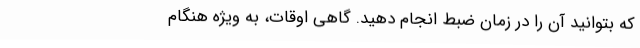
که بتوانید آن را در زمان ضبط انجام دهید. گاهی اوقات، به ویژه هنگام